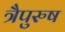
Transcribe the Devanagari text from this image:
त्रैपुरुष